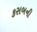
કસબની